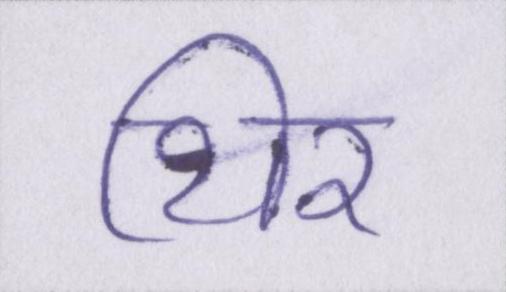
थिर